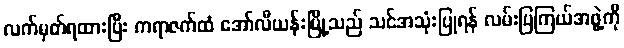
လက်မှတ်ရထားပြီး ကရာဇက်ထံ အော်လီယန်းမြို့သည် သင်အသုံးပြုရန် လမ်းပြကြယ်အဖွဲ့ကို